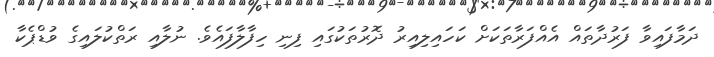
ދަމާފައިވާ ފަރުދާތައް އެއްފަރާތަކަށް ކަހައިލިއިރު ދޮރުތަކުގައި ފިނި ހިފާލާފައެވެ. ނުލާއި ރަތްކުލައިގެ ވުޑްޕެކާ